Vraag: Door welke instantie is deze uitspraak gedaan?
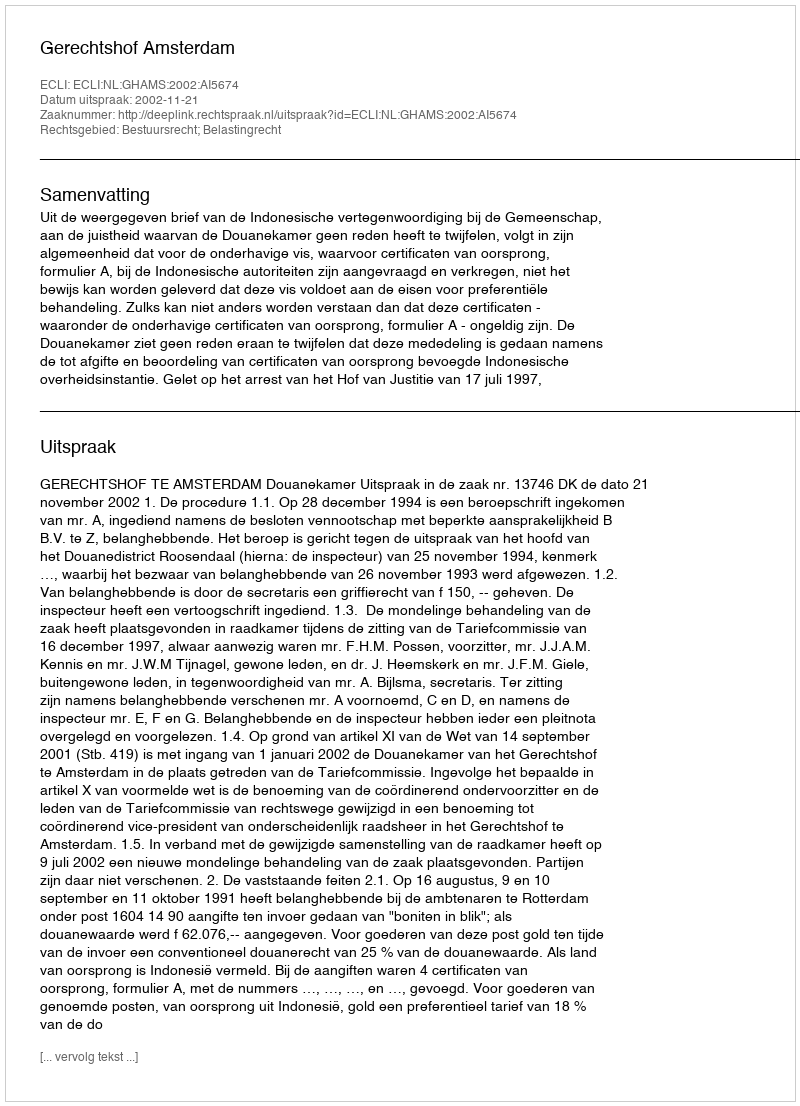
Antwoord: Gerechtshof Amsterdam